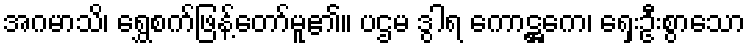
အဂမာသိ၊ ရွှေစက်ဖြန့်တော်မူ၏။ ပဌမ ဒွါရ ကောဋ္ဌကေ၊ ရှေးဦးစွာသော